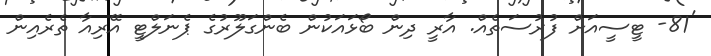
'81- ޓީސީއަށް ފުރުސަތެއް. އާރީ ދިން ބޯޅައަކުން ބެންގަލޫރުގެ ޕެނަލްޓީ އޭރިއާ ތެރެއިން